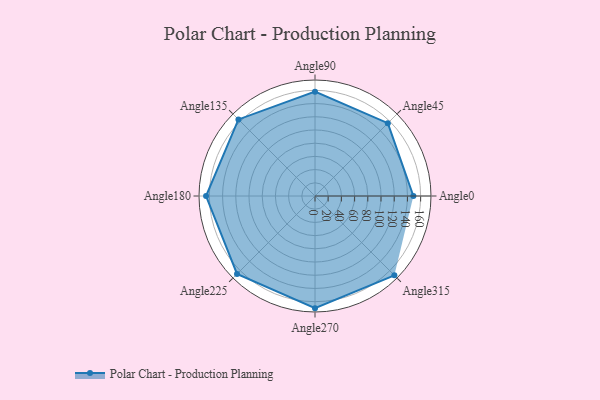
{"axis": {"x": "Angle", "y": "Radius"}, "legend": [""], "data": [{"x": "Angle0", "y": 149.0, "type": ""}, {"x": "Angle45", "y": 156.0, "type": ""}, {"x": "Angle90", "y": 158.0, "type": ""}, {"x": "Angle135", "y": 164.0, "type": ""}, {"x": "Angle180", "y": 165.0, "type": ""}, {"x": "Angle225", "y": 167.0, "type": ""}, {"x": "Angle270", "y": 170, "type": ""}, {"x": "Angle315", "y": 170, "type": ""}]}